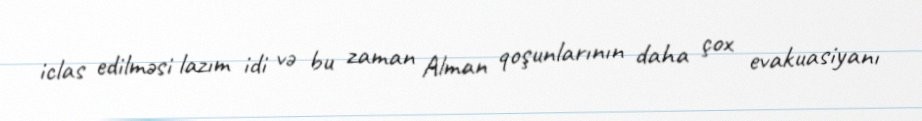
iclas edilməsi lazım idi və bu zaman Alman qoşunlarının daha çox evakuasiyanı